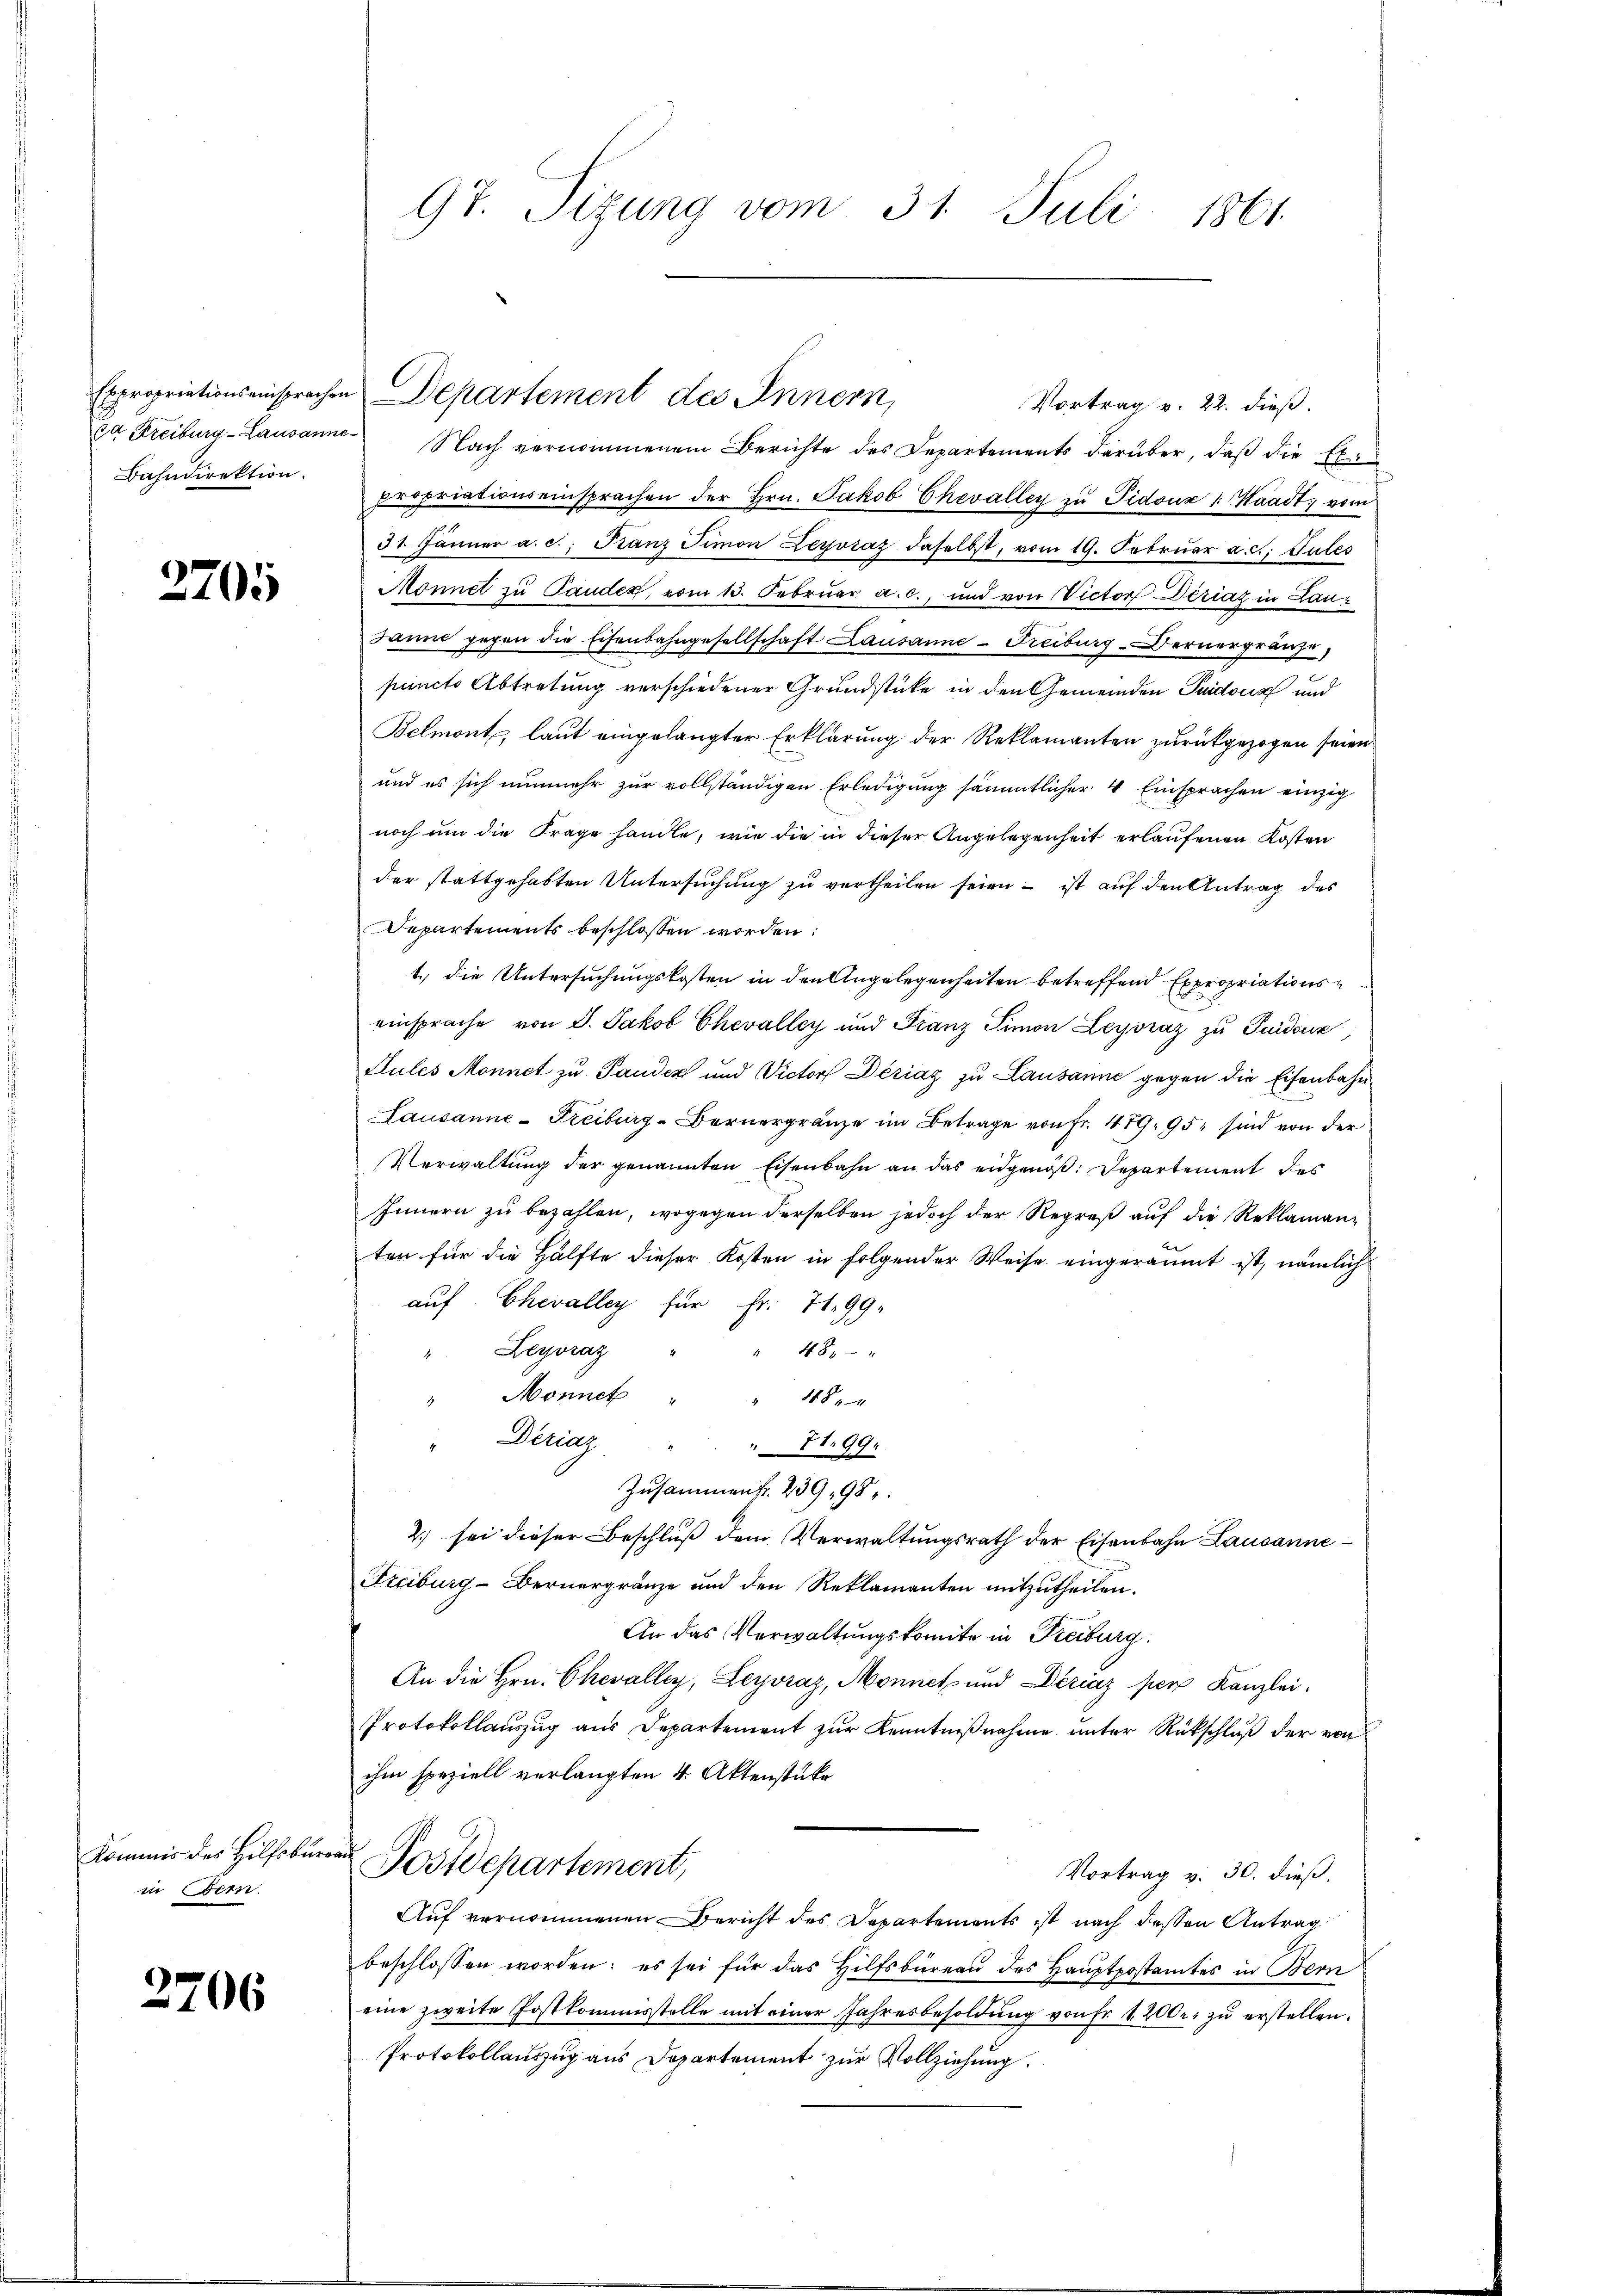
Bahndirektion.

3705

Kommis des Hilfsbur
in Bern.

2706

97. Sizung vom 31. Juli 1861.

Vortrag v. 22. dieß.
ja Freiburg-Lausanne. Nach vernommenem Berichte des Departements darüber, daβ die Ex-
propriationseinsprachen der Hrn. Jakob Chevalley zu Pidouz 1. Waadt, vom
31. Jänner a. c. Franz Simon Leyosaz daselbst, vom 19. Februar a. c. Gutes
Monnet zu Pander, vom 13. Februar a. c., und von Victor Dériaz in Lauz
Sind gegen die Eisenbahngesellschaft Lausanne-Freiburg-Dernergränze
puncto Abtretung verschiedener Grundstücke in den Gemeinden Puidoux und
Belmont, laut eingelangter Erklärung der Reklamanten zurückgezogen seien
und es sich nunmehr zur vollständigen Erledigung sämmtlicher 4 Einsprachen einzig
noch um die Frage handle, wie die in dieser Angelegenheit erlaufenen Kosten
der stattgehabten Untersuchung zu vertheilen seien - ist auf den Antrag des
Departements beschlossen worden:
1.) Die Untersuchungskosten in den Angelegenheiten betreffend Expropriations-
einsprache von J. Jakob Chevalley und Franz Simon Leyoraz zu Guidouz,
Sules Monnet zu Panden und Victorf Dériaz zu Lausanne gegen die Eisenbahn
Lausanne-Freiburg - Bernergränze im Betrage von Fr. 479. 95, sind von der
Verwaltung der genannten Eisenbahn an das eidgenoß. Departement des
Innern zu bezahlen, wogegen derselben jedoch der Regreß auf die Reklamanten für die Hälfte dieser Kosten in folgender Weise eingeräumt ist, nämlich
auf Chevalley für Fr. 7199.
488—
" Leyoraz "
" Monnet " " 48.
Deriaz " " " 71. 99.
Zusammen fr. 239,98:
2.) sei dieser Beschluß dem Verwaltungsrath der Eisenbahn Lausanne¬
Freiburg - Bernergränze und den Reklamanten mitzŭtheilen.
An das Verwaltungskomite in Freiburg.
An die Hrn. Chevalley, Leyvraz, Monnet und Dériaz per Kanzlei.
Protokollauszug aus Departement zur Kenntnißnahme unter Rückschluß der von
ihm speziell verlangten 4. Aktenstüke
Postdepartement,
Vortrag v. 30. dieß,
Auf vernommenen Bericht des Departements ist nach deßen Antrag
beschlossen worden; es sei für das Hilfsbüreaŭ des Hauptpostamtes in Bern
eine zweite Postkommisstolle mit einer Jahresbesoldŭng von fr 4200. zŭ erstellen.
Protokollauszug aus Departement zur Vollziehung.

Expropriationseinsprachen Departement des Innern,